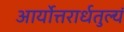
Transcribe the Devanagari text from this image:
आर्योत्तरार्धतुल्यं